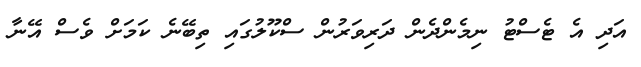
އަދި އެ ޓެސްޓު ނިމެންދެން ދަރިވަރުން ސްކޫލުގައި ތިބޭނެ ކަމަށް ވެސް އޭނާ